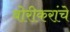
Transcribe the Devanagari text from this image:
बोरीकरांचे